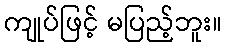
ကျုပ်ဖြင့် မပြည့်ဘူး။